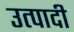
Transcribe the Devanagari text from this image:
उत्पादी